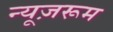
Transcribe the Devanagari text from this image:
न्यूज़रूम